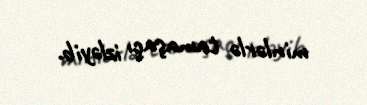
minlərlə tamaşaçı izləyib.